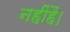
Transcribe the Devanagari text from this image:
नहींहैं।